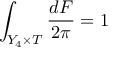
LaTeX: \int _ { Y _ { 4 } \times T } \frac { d F } { 2 \pi } = 1